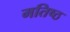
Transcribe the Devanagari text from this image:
मतिष्ठ